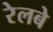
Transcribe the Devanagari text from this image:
रेलबे